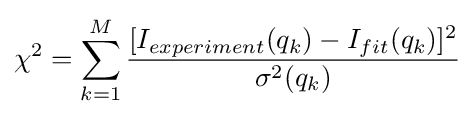
\chi ^{2}=\sum _{k=1}^{M}{\frac {[I_{experiment}(q_{k})-I_{fit}(q_{k})]^{2}}{\sigma ^{2}(q_{k})}}